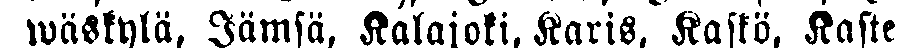
wäskylä, Jämsä, Kalajoki, Karis, Kaskö, Kastel.